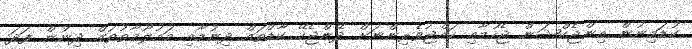
ކުޑަމިނުން އިންޖެކްޝަން ޖެހުމާއި ހައްޖުވެރިންނަށް ދޭންޖެހޭ ކާޑްތައް ދިނުމާއި މައުލޫމާތުތައް ދިނުން ފަދަ